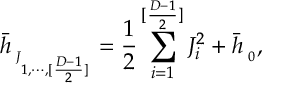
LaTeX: { \bar { h } } _ { { \bf \Phi } _ { J _ { 1 , \cdots , [ { \frac { D - 1 } { 2 } } ] } } } = { \frac { 1 } { 2 } } \sum _ { i = 1 } ^ { [ { \frac { D - 1 } { 2 } } ] } J _ { i } ^ { 2 } + { \bar { h } } _ { { \bf \Phi } _ { 0 } } ,